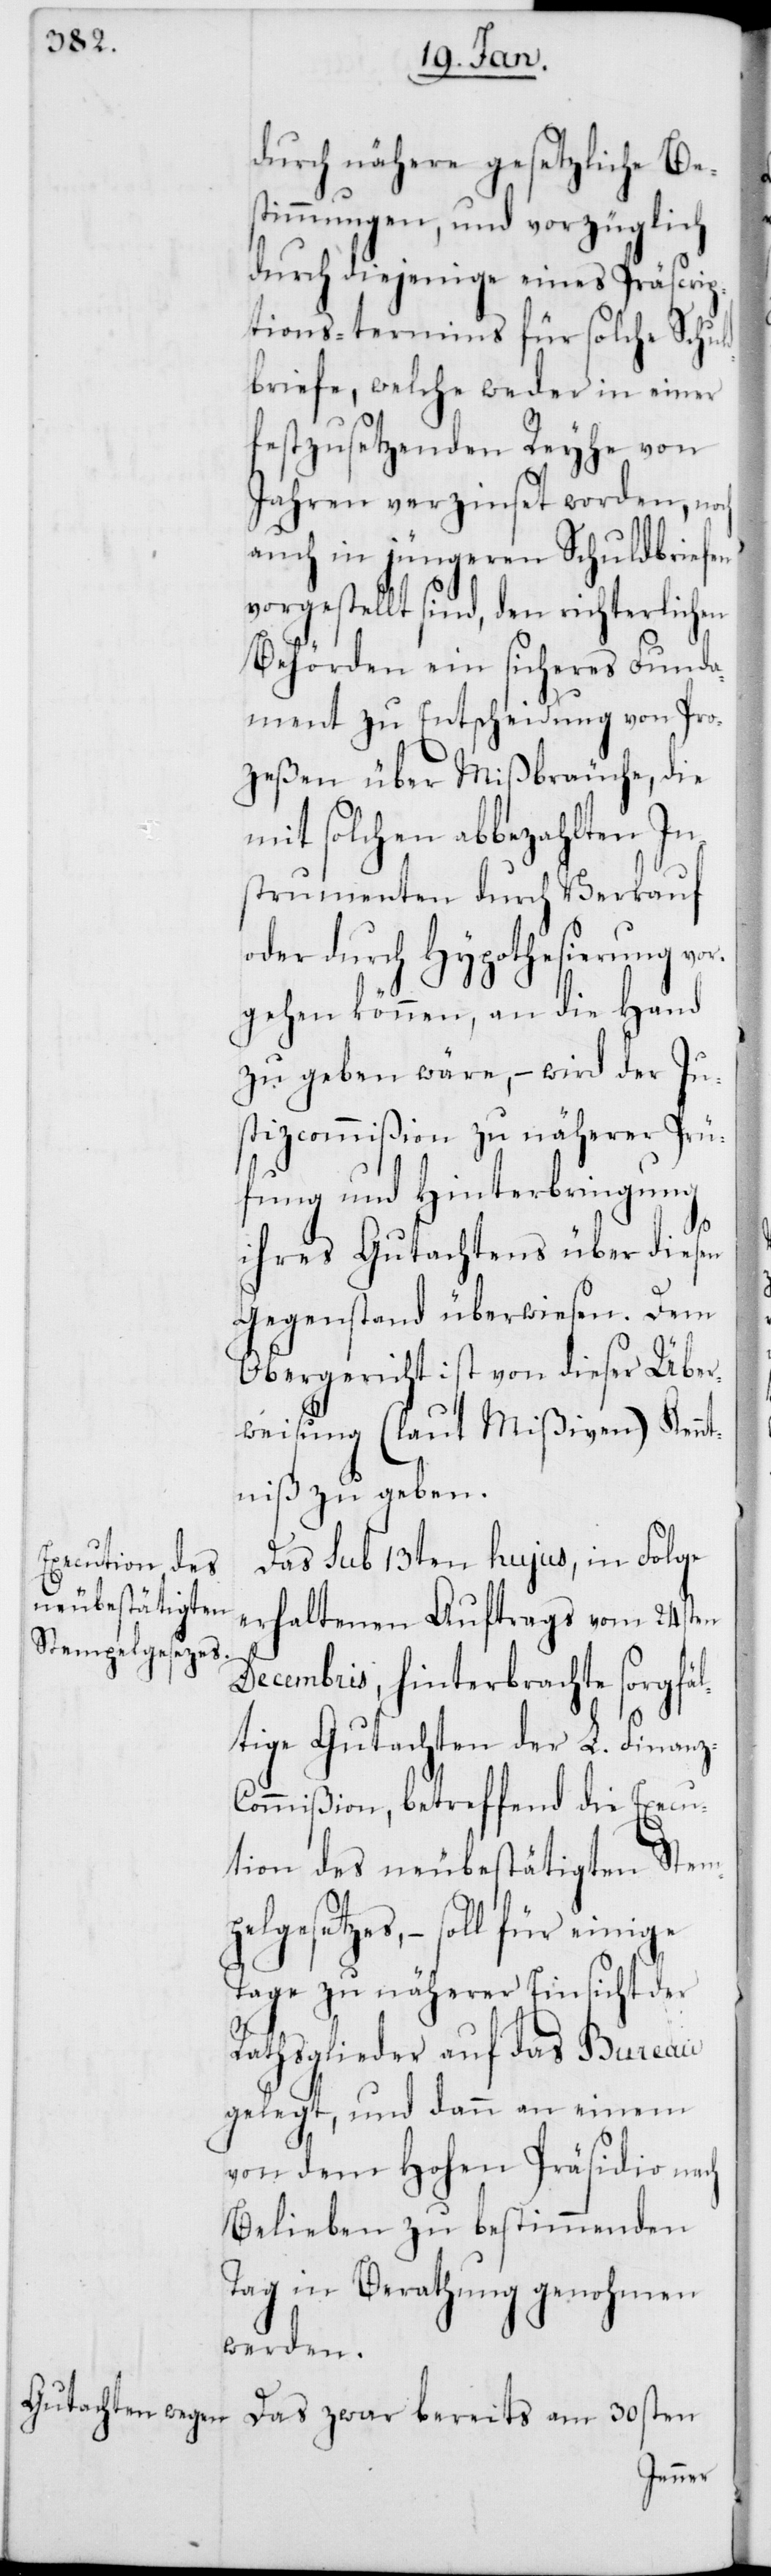
z-C¬

durch nähere gesetzliche Bes¬
timmungen, und vorzüglich
durch diejenige eines Präscrip¬
tions-termins für solche Schuld¬
briefe, welche weder in einer
festzusetzenden Reyhe von
Jahren verzinset worden, noch
auch in jüngeren Schuldbriefen
vorgestellt sind, den richterlichen
Behörden ein sicheres Funda¬
ment zu Entscheidung von Pro¬
zeßen über Mißbräuche, die
mit solchen abbezahlten In¬
strumenten durch Verkauf
oder durch Hypothesierung vor¬
gehen können, an die Hand
zu geben wäre, – wird der Ju¬
stizcommißion zu näherer Prü¬
fung und Hinterbringung
ihres Gutachtens über diesen
Gegenstand überwiesen. Dem
Obergericht ist von dieser Über¬
weisung (laut Mißiven) Kennt¬
niß zu geben.
Das sub 13ten hujus, in Folge
erhaltenen Auftrags vom 24sten
Decembris, hinterbrachte sorgfäl¬
tige Gutachten der L. Finan¬
ommißion, betreffend die Execu¬
tion des neubestätigten Stem¬
pelgesetzes, – soll für einige
Tage zu näherer Einsicht der
Rathsglieder auf das Bureau
gelegt, und dann an einem
von dem Hohen Präsidio nach
Belieben zu bestimmenden
Tag in Berathung genohmen
werden.